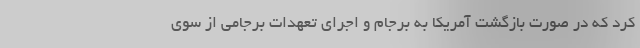
کرد که در صورت بازگشت آمریکا به برجام و اجرای تعهدات برجامی از سوی